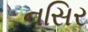
નસિર